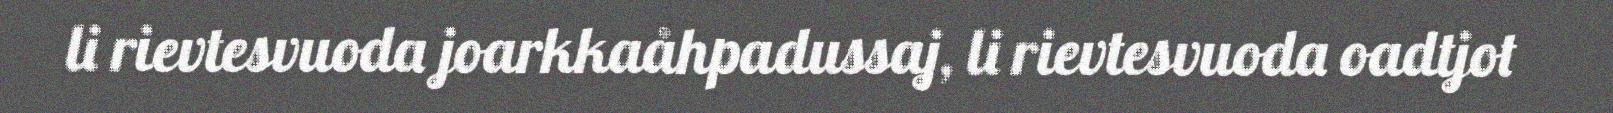
li rievtesvuoda joarkkaåhpadussaj, li rievtesvuoda oadtjot